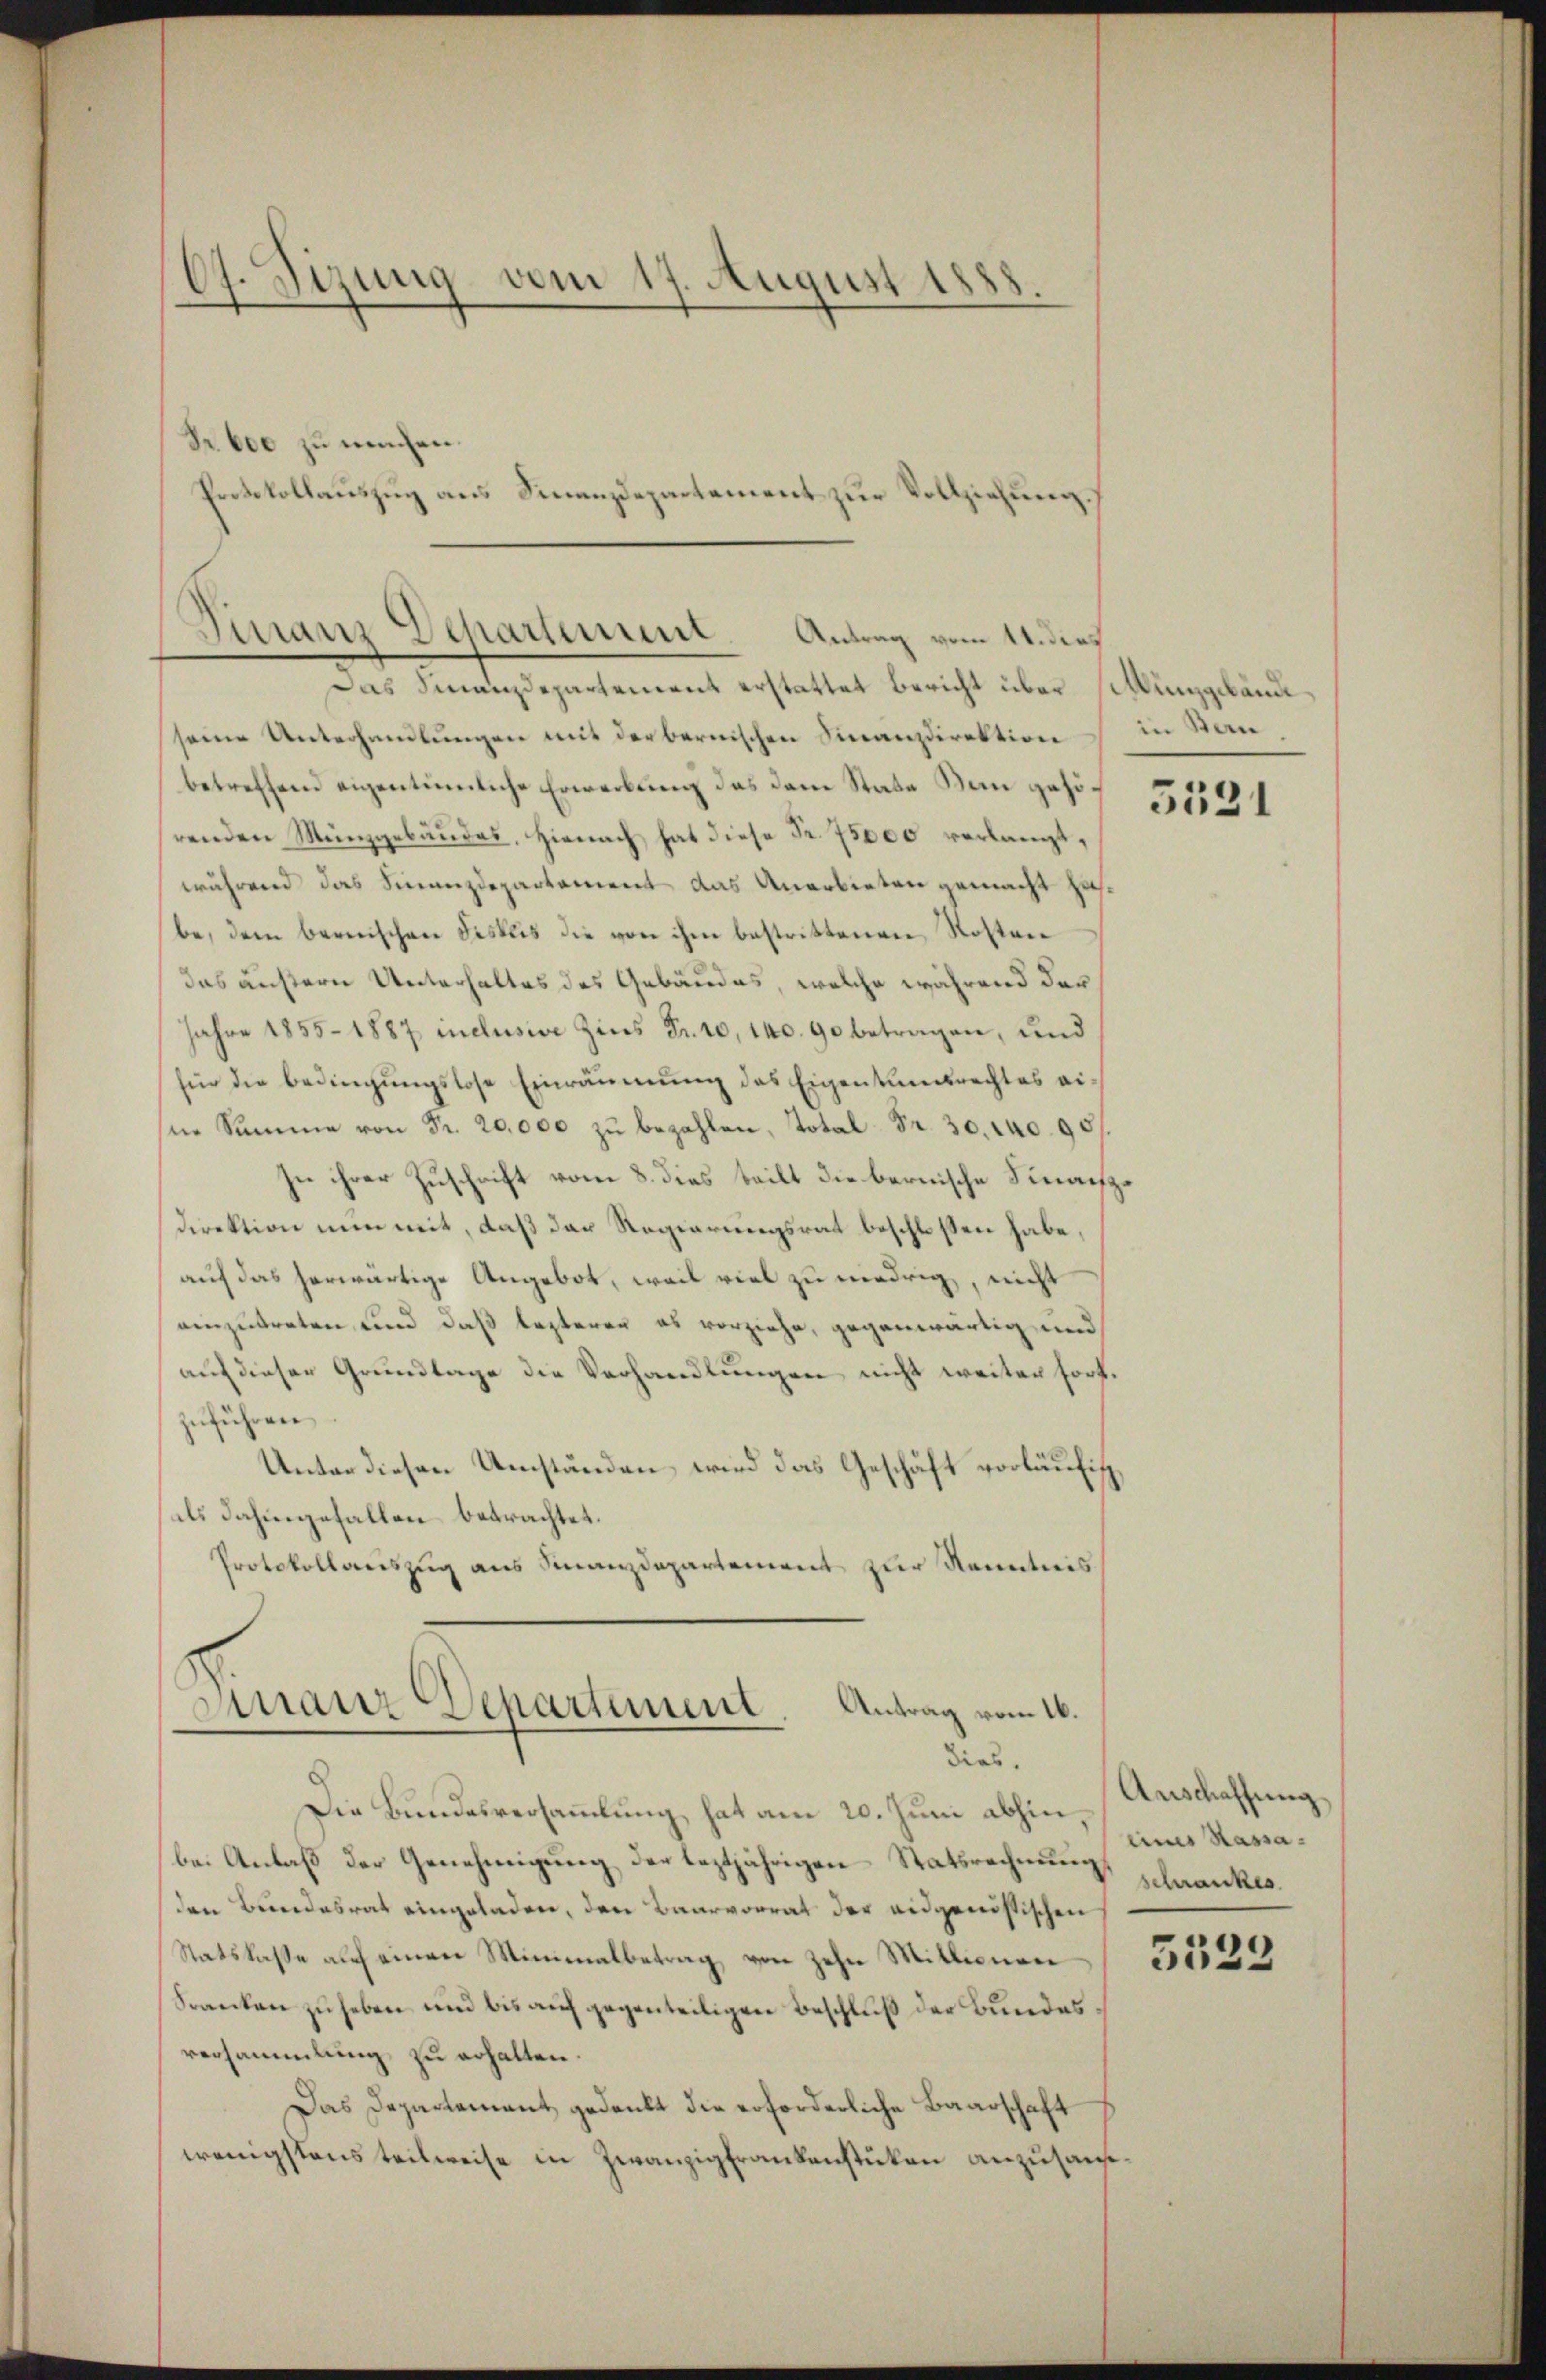
67. Sizung vom 17. August 1888.

Nr. 600 zu machen.

anz Departement. Antrag vom 14. dies
.
Das Finanzdepartement erstattet Bericht über sittlunggebände¬

seine Unterhandlungen mit der bernischen Finanzdirektion in San
betreffend eigentümliche Erwerbung das dem State Kein gehörenden Münzgebäudes, hienach hat diese Fr. 75000 verlangt,
während das Finanzdepartement das Anerbieten gemacht hasbe, dem bernischen Festeis die von ihm bestrittenen Kosten
das äußern Unterhaltes des Gebäudes, welche während der
Jahre 1855 - 1887 inclusive Zins Fr. 10, 140. 90 betragen, und
.
fie die Bedingungslose Einräumung des Eigentumsrechtes eisne Summe von Fr. 20,000 zu bezahlen, Total Fr. 30. 140. 95
In ihrer Zuschrift vom 8. dies teilt die bernische Finanzdirektion nun mit, daß der Regierungsrat beschlossen habe,
auf das herwärtige Angebot, weil viel zu niedrig, nicht
einzutreten, und daß lezteren es vorziehe, gegenwärtig und
auf dieser Grundlage die Verhandlungen nicht weiter fortzuführen
Unter diesen Umständen wird das Geschäft vorläufig
als dahingefallen betrachtet.
Protokollauszug aus Finanzdepartement zur Kenntnis

Protokollauszug aus Finanzdepartement zur Vollziehung.

Finanz Departement Antrag vom 16.
dies.

Die Bundesversammlung hat am 20. Juni abhin,
be. Anlaß der Genehmigung der leztjährigen Statsrechnung schranke
den Bundesrat eingeladen, den Baarvorrat der eidgenössischen
Statskasse auf einen Minimalbetrag von zehn Mittionen
Franken zu heben und bis auf gegenteiligen Beschluß der Bundes
versammlung zu erhalten.
Das Departement gedankt die erforderliche Baarschaft
wenigstens teilweise in Zwanzigfrankenstücken anzusam¬

5531

Anschaffung
eines Kassa¬

3523